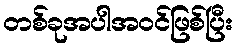
တစ်ခုအပါအဝင်ဖြစ်ပြီး